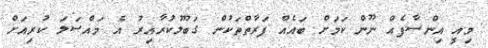
މިއީ އިންސާފެއް ނޫން ކަމަށް ބައެއް ފަރާތްތަކުން ގަބޫލުކުރާއިރު އެ މައްސަލަ ކުރިއަށް